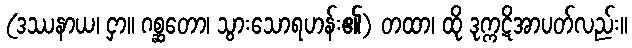
(ဒဿနာယ၊ ငှာ။ ဂစ္ဆတော၊ သွားသောရဟန်း၏) တထာ၊ ထို ဒုက္ကဋိအာပတ်လည်း။